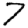
Digit: 7